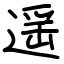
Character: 遥